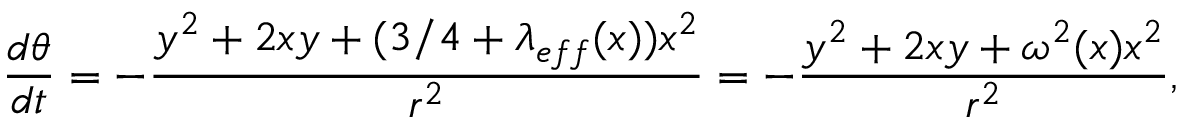
{ \frac { d \theta } { d t } } = - { \frac { y ^ { 2 } + 2 x y + ( 3 / 4 + \lambda _ { e f f } ( x ) ) x ^ { 2 } } { r ^ { 2 } } } = - { \frac { y ^ { 2 } + 2 x y + \omega ^ { 2 } ( x ) x ^ { 2 } } { r ^ { 2 } } } ,